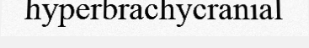
hyperbrachycranial